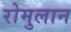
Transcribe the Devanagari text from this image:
रोमुलान